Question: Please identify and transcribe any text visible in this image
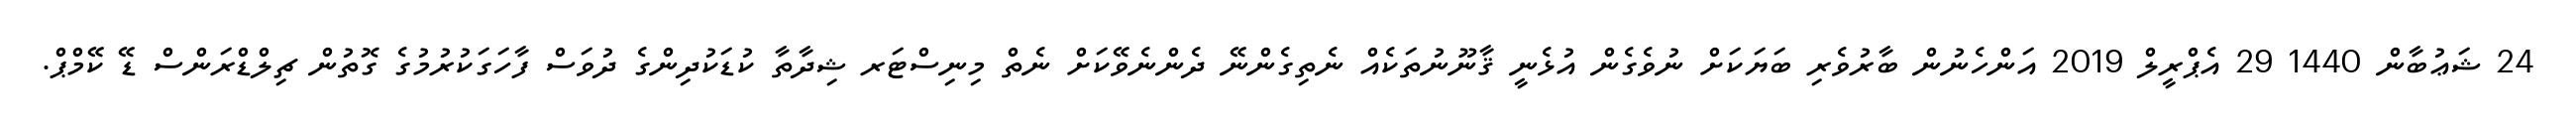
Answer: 24 ޝަޢުބާން 1440 29 އެޕްރީލް 2019 އަންހެނުން ބާރުވެރި ބަޔަކަށް ނުވެގެން އުޅެނީ ޤާނޫނުތަކެއް ނެތިގެންނޭ ދެންނެވޭކަށް ނެތް މިނިސްޓަރ ޝިދާތާ ކުޑަކުދިންގެ ދުވަސް ފާހަގަކުރުމުގެ ގޮތުން ޗިލްޑްރަންސް ޑޭ ކޭމްޕް.